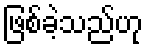
ဖြစ်ခဲ့သည်ဟု